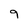
Character: 9